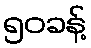
၅၀ခန့်